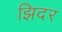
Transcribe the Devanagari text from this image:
झिदर